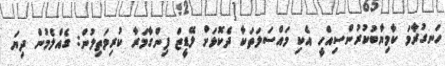
ހަނގުރާމަ ކާމިޔާބުކުރުންސިއްހީ އެކި މައްސަލަތަކާ ދެކޮޅަށް ލޭޑީޒް ފިންގާމަރާ ކުރިމަތިލުން: ގެއްލެމުން ދިޔަ